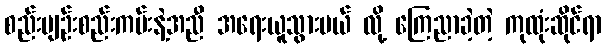
စည်းမျဉ်းစည်းကမ်းနဲ့အညီ အရေးယူသွားမယ် လို့ ကြေညာခဲ့တဲ့ ကုထုံးဆိုင်ရာ